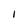
Character: 1